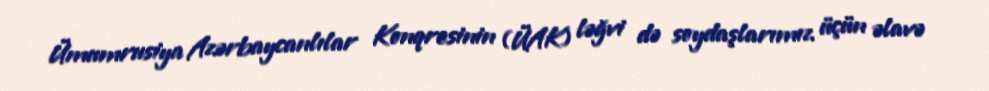
Ümumrusiya Azərbaycanlılar Konqresinin (ÜAK) ləğvi də soydaşlarımız üçün əlavə